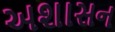
અશાસન